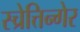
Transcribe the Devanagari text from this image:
स्च्रेत्तिन्गेर